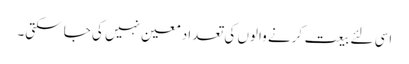
اسی لئے بیعت کرنے والوں کی تعداد معین نہیں کی جا سکتی۔